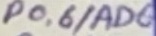
Text: P0.6/AD6